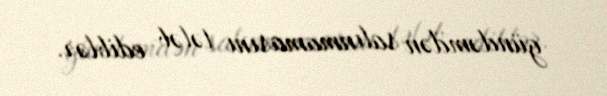
gündəmdən salınmamasını tələb ediblər.